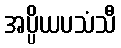
အပ္ပိယပသံသီ